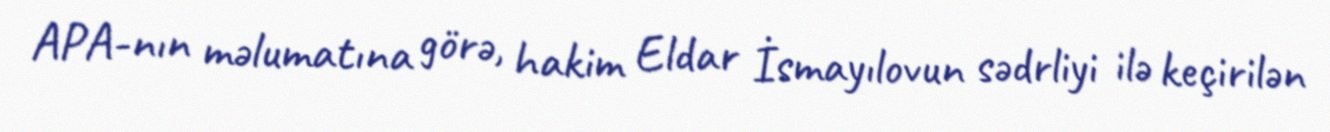
APA-nın məlumatına görə, hakim Eldar İsmayılovun sədrliyi ilə keçirilən